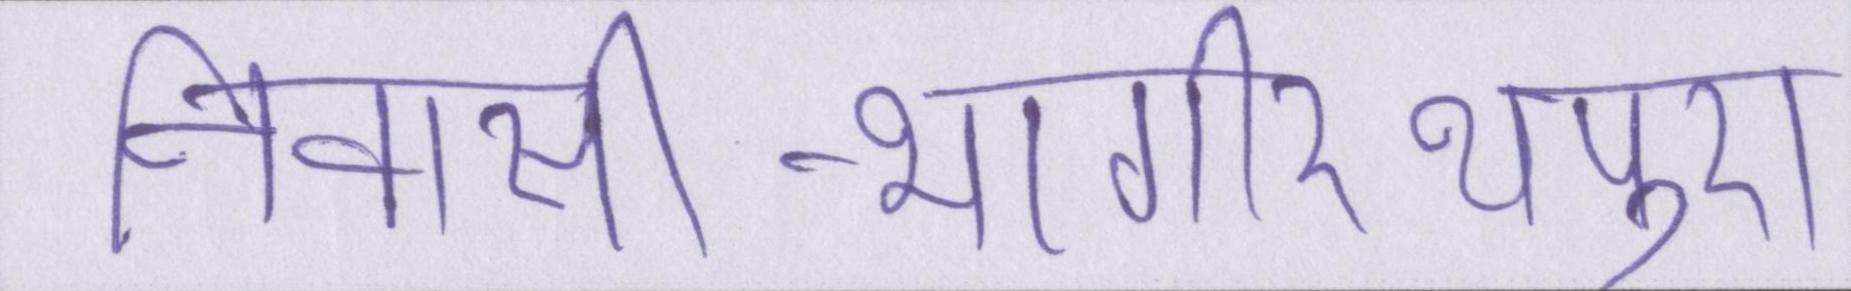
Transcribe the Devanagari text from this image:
निवासी-भागीरथपुरा